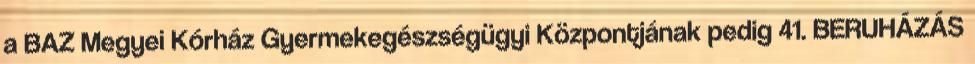
a BAZ Megyei Kórház Gyermekegészségügyi Központjának pedig 41. BERUHÁZÁS